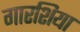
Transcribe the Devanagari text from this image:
गारशिया